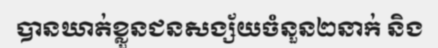
បានឃាត់ខ្លួនជនសង្ស័យចំនួន២នាក់ និង